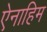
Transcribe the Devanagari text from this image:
ऐनाहिम